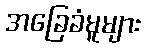
အခြေခံမူများ